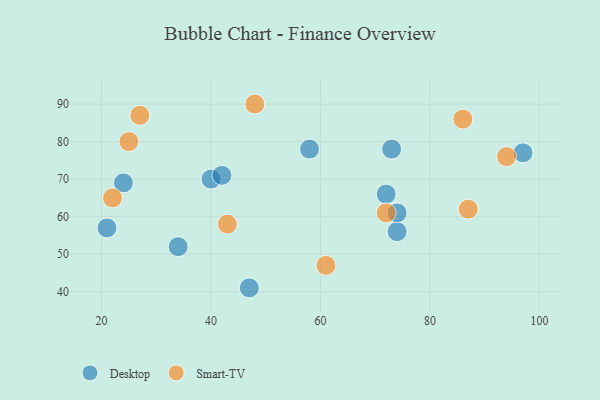
{"axis": {"x": "GDP", "y": "Life Expectancy"}, "legend": ["Desktop", "Smart-TV"], "data": [{"x": "74", "y": 56, "type": "Desktop"}, {"x": "74", "y": 61, "type": "Desktop"}, {"x": "72", "y": 66, "type": "Desktop"}, {"x": "47", "y": 41, "type": "Desktop"}, {"x": "24", "y": 69, "type": "Desktop"}, {"x": "40", "y": 70, "type": "Desktop"}, {"x": "21", "y": 57, "type": "Desktop"}, {"x": "34", "y": 52, "type": "Desktop"}, {"x": "73", "y": 78, "type": "Desktop"}, {"x": "58", "y": 78, "type": "Desktop"}, {"x": "42", "y": 71, "type": "Desktop"}, {"x": "97", "y": 77, "type": "Desktop"}, {"x": "27", "y": 87, "type": "Smart-TV"}, {"x": "94", "y": 76, "type": "Smart-TV"}, {"x": "48", "y": 90, "type": "Smart-TV"}, {"x": "72", "y": 61, "type": "Smart-TV"}, {"x": "43", "y": 58, "type": "Smart-TV"}, {"x": "22", "y": 65, "type": "Smart-TV"}, {"x": "25", "y": 80, "type": "Smart-TV"}, {"x": "61", "y": 47, "type": "Smart-TV"}, {"x": "87", "y": 62, "type": "Smart-TV"}, {"x": "86", "y": 86, "type": "Smart-TV"}]}